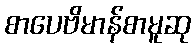
စာပေဗိမာန်စာမူဆု